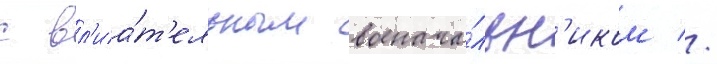
с вл'иа́т'ельным военача́льн'иком //